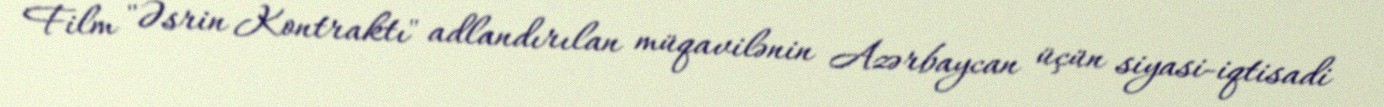
Film "Əsrin Kontraktı" adlandırılan müqavilənin Azərbaycan üçün siyasi-iqtisadi